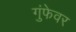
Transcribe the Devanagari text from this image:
गुंफेवर